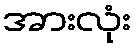
အားလုံး